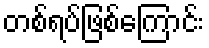
တစ်ရပ်ဖြစ်ကြောင်း